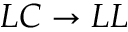
L C \to L L